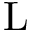
\mathrm { L }